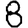
Digit: 8